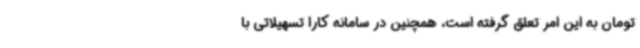
تومان به این امر تعلق گرفته است، همچنین در سامانه کارا تسهیلاتی با